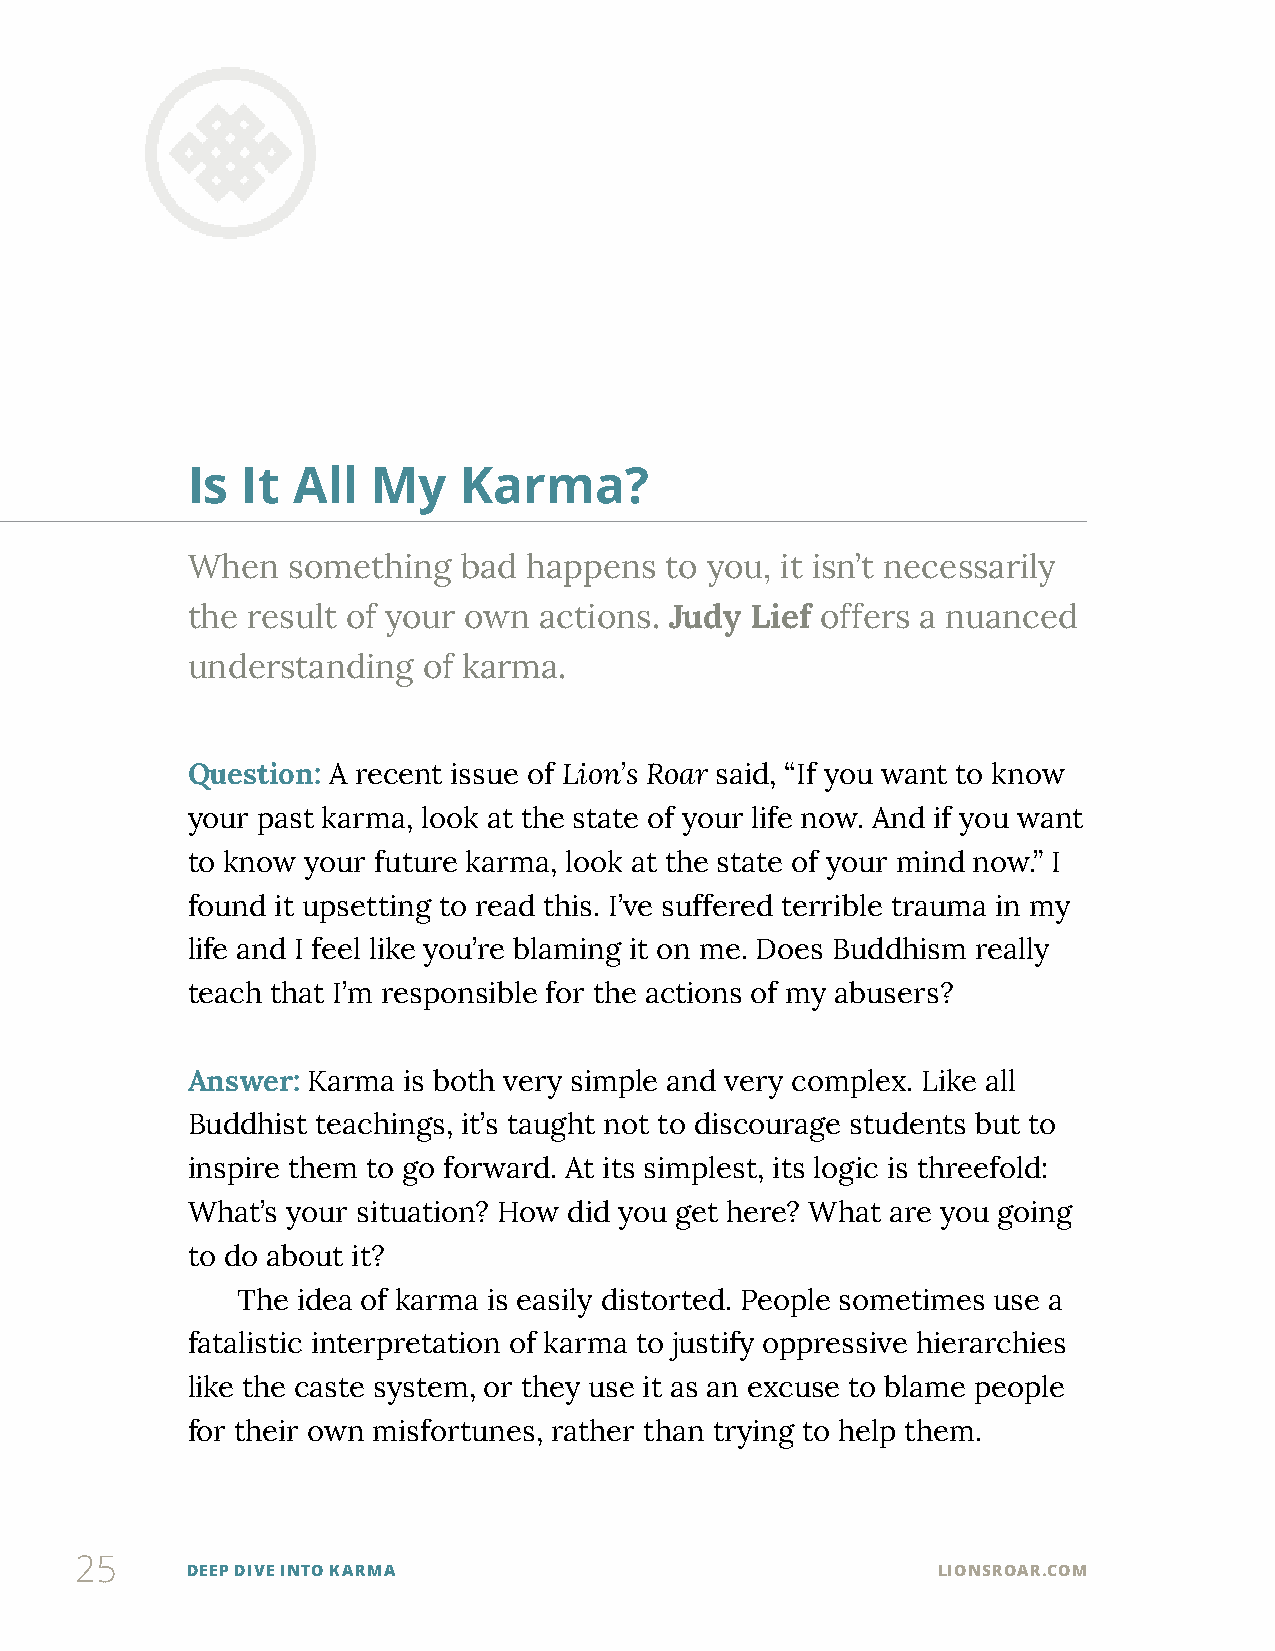
Is  It All   My   Karma?
 When   something  bad  happens  to you, it isn’t necessarily
 the result of your own  actions. Judy Lief offers a nuanced
 understanding   of karma.
 Question: A recent issue of Lion’s Roar said, “If you want to know
 your past karma, look at the state of your life now. And if you want
 to know your future karma, look at the state of your mind now.” I
 found it upsetting to read this. I’ve suffered terrible trauma in my
 life and I feel like you’re blaming it on me. Does Buddhism really
 teach that I’m responsible for the actions of my abusers?
 Answer: Karma  is both very simple and very complex. Like all
 Buddhist teachings, it’s taught not to discourage students but to
 inspire them to go forward. At its simplest, its logic is threefold:
 What’s your situation? How did you get here? What are you going
 to do about it?
 The idea of karma is easily distorted. People sometimes use a
 fatalistic interpretation of karma to justify oppressive hierarchies
 like the caste system, or they use it as an excuse to blame people
 for their own misfortunes, rather than trying to help them.
 25
 DEEP DIVE INTO KARMA                              LIONSROAR.COM